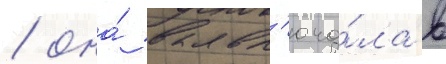
/ она́ вкл'юча́ла в